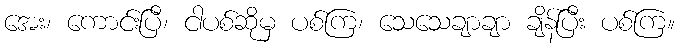
အေး၊ ကောင်းပြီ၊ ငါပစ်ဆိုမှ ပစ်ကြ၊ သေသေချာချာ ချိန်ပြီး ပစ်ကြ။